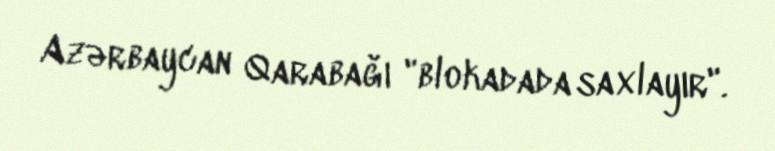
Azərbaycan Qarabağı "blokadada saxlayır".